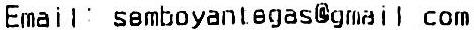
EMAIL: SEMBOYANTEGAS@GMAIL.COM